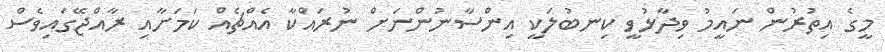
މީގެ އިތުރުން ނައީމު ވިދާޅުވީ ކިނބުލަކީ އިންސާނުންނަށް ނުރައްކާ އެއްޗެއް ކަމަށާއި ރާއްޖޭގައިވެސް